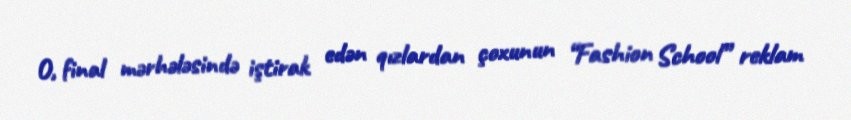
O, final mərhələsində iştirak edən qızlardan çoxunun “Fashion School” reklam